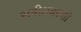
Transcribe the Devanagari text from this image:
समीक्षकाशी